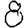
Digit: 8